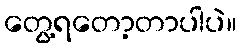
တွေ့ရတော့တာပါပဲ။